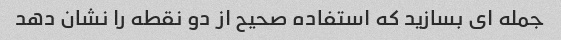
جمله ای بسازید که استفاده صحیح از دو نقطه را نشان دهد